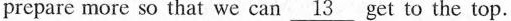
prepare more so that we can\underline{13}get to the top.